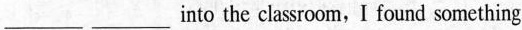
___ ___ into the classroom, I found something